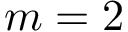
m = 2